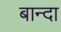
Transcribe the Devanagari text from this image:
बान्दा